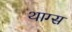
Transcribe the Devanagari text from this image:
थाग्स